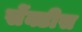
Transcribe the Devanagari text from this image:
सेंक्टीस